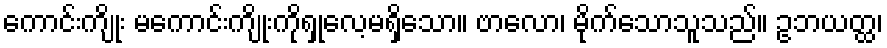
ကောင်းကျိုး မကောင်းကျိုးကိုရှုလေ့မရှိသော။ ဗာလော၊ မိုက်သောသူသည်။ ဥဘယတ္ထ၊